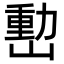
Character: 𡼉